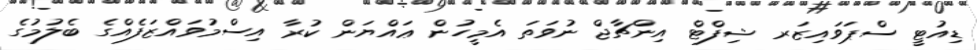
ޑިއުޓީ ސްޕަވައިޒަރ ޝިފްޓް އިންޗާޖް ނުވަތަ އެމީހުން ޢައްޔަން ކުރާ އިސްމުވައްޒަފެއްގެ ބެލުމުގެ